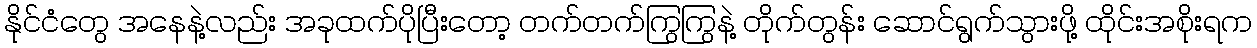
နိုင်ငံတွေ အနေနဲ့လည်း အခုထက်ပိုပြီးတော့ တက်တက်ကြွကြွနဲ့ တိုက်တွန်း ဆောင်ရွက်သွားဖို့ ထိုင်းအစိုးရက